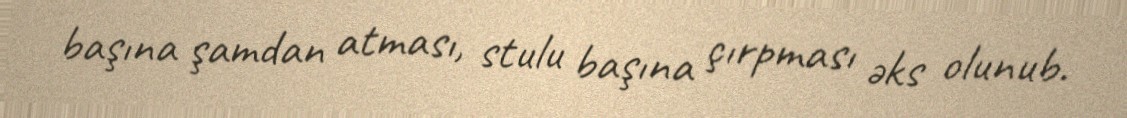
başına şamdan atması, stulu başına çırpması əks olunub.